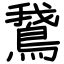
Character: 鵞